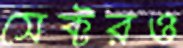
সেক্টরও